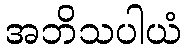
အဘိသပါယံ